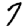
Digit: 7